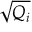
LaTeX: \sqrt { Q _ { i } }